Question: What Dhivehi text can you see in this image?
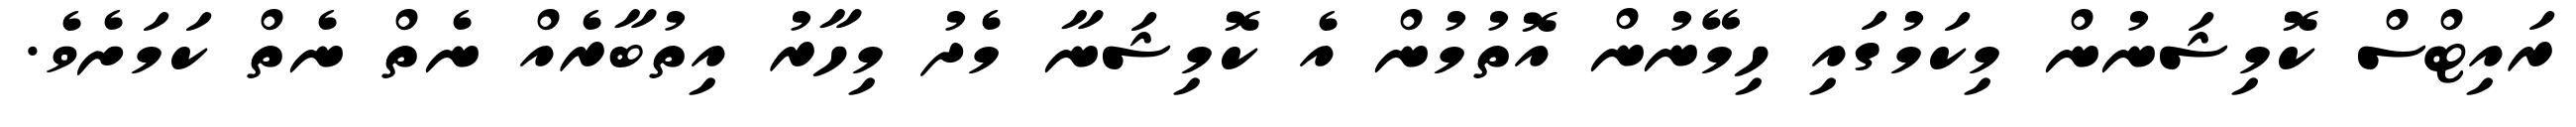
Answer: ރައިޓްސް ކޮމިޝަނުން މިކަމުގައި ހިމޭނުން އޮތުމުން އެ ކޮމިޝަނާ މެދު މިހާރު އިތުބާރެއް ނެތް ނެތް ކަމަށެވެ.